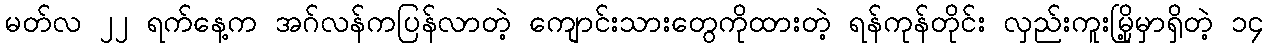
မတ်လ ၂၂ ရက်နေ့က အဂ်လန်ကပြန်လာတဲ့ ကျောင်းသားတွေကိုထားတဲ့ ရန်ကုန်တိုင်း လှည်းကူးမြို့မှာရှိတဲ့ ၁၄